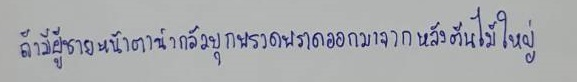
ถ้ามีผู้ชายหน้าตาน่ากลัวบุกพรวดพราดออกมาจากหลังต้นไม้ใหญ่